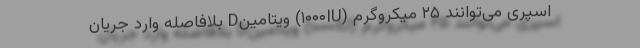
اسپری می‌توانند ۲۵ میکروگرم (۱۰۰۰IU) ویتامینD بلافاصله وارد جریان